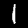
Digit: 1